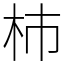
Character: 杮